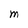
Character: M